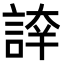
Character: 𧨫